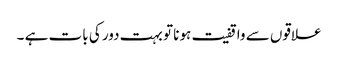
علاقوں سے واقفیت ہونا تو بہت دور کی بات ہے ۔